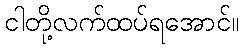
ငါတို့လက်ထပ်ရအောင်။